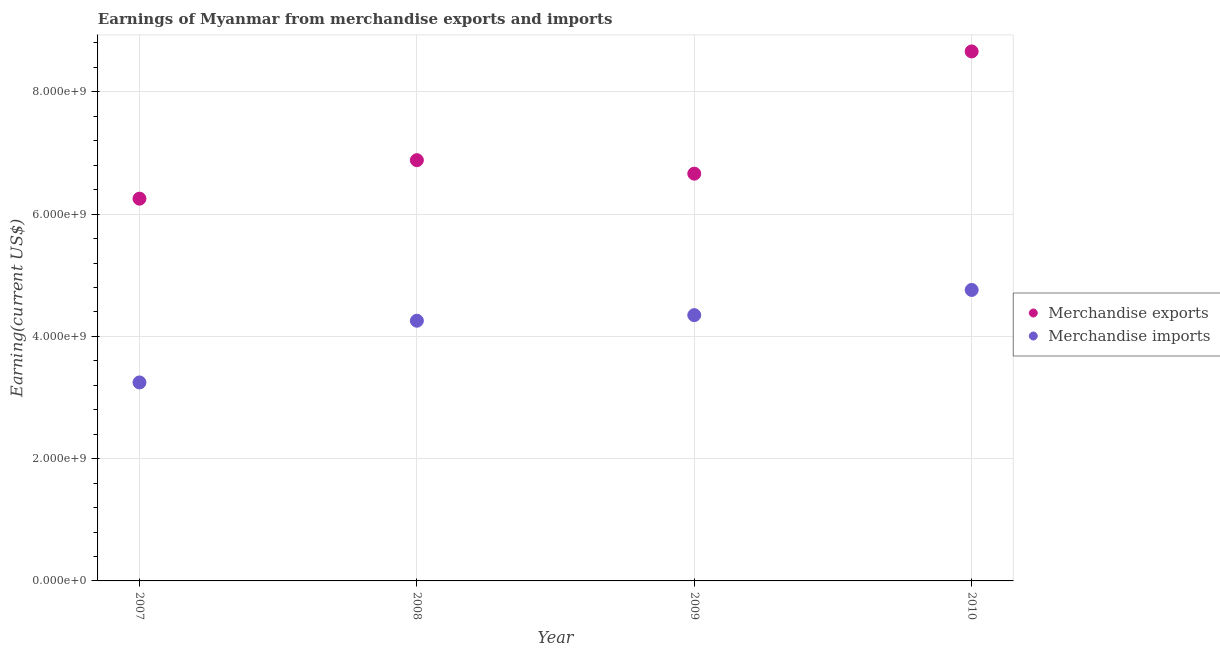
| Year | Merchandise exports | Merchandise imports |
 | --- | --- | --- |
 | 2007 | 6.25e+09 | 3.25e+09 |
 | 2008 | 6.88e+09 | 4.26e+09 |
 | 2009 | 6.66e+09 | 4.35e+09 |
 | 2010 | 8.66e+09 | 4.76e+09 |